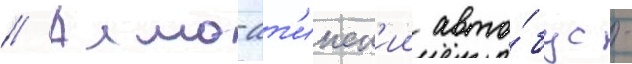
// Алма-ат'инск'ии авто́бус -